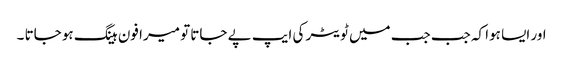
اور ایسا ہوا کہ جب جب میں ٹویٹر کی ایپ پے جاتا تو میرا فون ہینگ ہو جاتا ۔